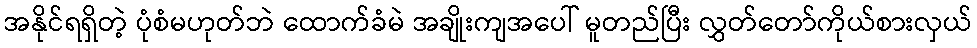
အနိုင်ရရှိတဲ့ ပုံစံမဟုတ်ဘဲ ထောက်ခံမဲ အချိုးကျအပေါ် မူတည်ပြီး လွှတ်တော်ကိုယ်စားလှယ်